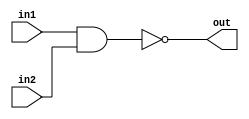
// Developed by Aashi Srivastava
//TITLE: NAND GATE INSTANTIATION

module nandGate_Ins (in1, in2, out); //module name assignment
    input in1, in2; //one-bit inputs (input-1, input-2)
    output out;

nand N(out,in1, in2); //here or module (in-built) has been instantiated
    
endmodule